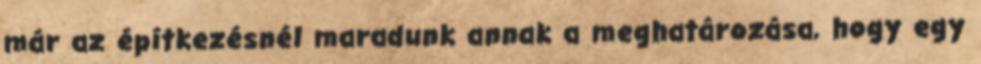
már az építkezésnél maradunk annak a meghatározása, hogy egy